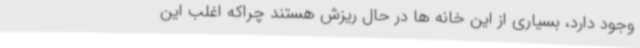
وجود دارد، بسیاری از این خانه ها در حال ریزش هستند چراکه اغلب این